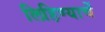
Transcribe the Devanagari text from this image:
लिहिण्याचें